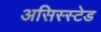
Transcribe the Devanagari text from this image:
असिस्स्टेड